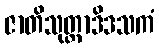
ဇာတိသုတ္တာဒိဒသကံ